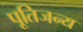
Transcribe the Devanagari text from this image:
पूतिजन्य